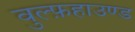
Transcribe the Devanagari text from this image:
वुल्फ़हाउण्ड